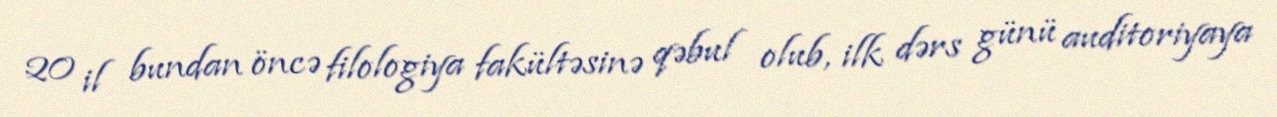
20 il bundan öncə filologiya fakültəsinə qəbul olub, ilk dərs günü auditoriyaya